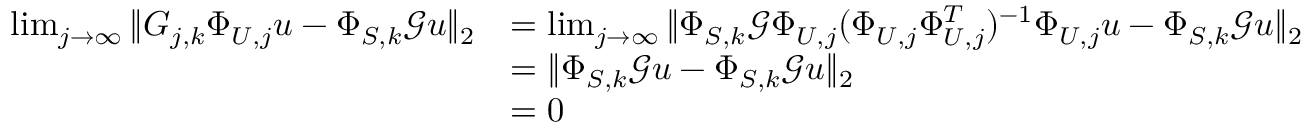
\begin{array} { r l } { \operatorname* { l i m } _ { j \to \infty } \| G _ { j , k } \Phi _ { U , j } u - \Phi _ { S , k } \mathcal G u \| _ { 2 } } & { = \operatorname* { l i m } _ { j \to \infty } \| \Phi _ { S , k } \mathcal G \Phi _ { U , j } ( \Phi _ { U , j } \Phi _ { U , j } ^ { T } ) ^ { - 1 } \Phi _ { U , j } u - \Phi _ { S , k } \mathcal G u \| _ { 2 } } \\ & { = \| \Phi _ { S , k } \mathcal G u - \Phi _ { S , k } \mathcal G u \| _ { 2 } } \\ & { = 0 } \end{array}